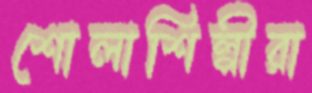
শোলাশিল্পীরা